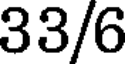
33/6